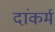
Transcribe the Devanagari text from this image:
दांकर्म